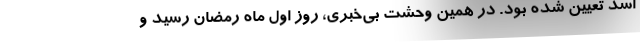
اسد تعیین شده بود. در همین وحشت بی‌خبری، روز اول ماه رمضان رسید و